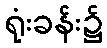
ရုံးခန်း၌